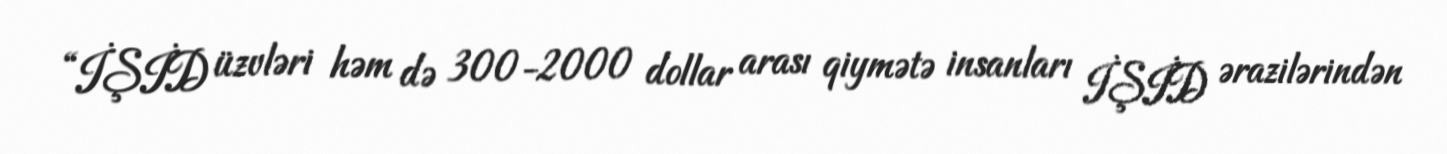
“İŞİD üzvləri həm də 300-2000 dollar arası qiymətə insanları İŞİD ərazilərindən